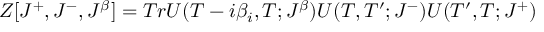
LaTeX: Z [ J ^ { + } , J ^ { - } , J ^ { \beta } ] = T r U ( T - i \beta _ { i } , T ; J ^ { \beta } ) U ( T , T ^ { \prime } ; J ^ { - } ) U ( T ^ { \prime } , T ; J ^ { + } )